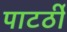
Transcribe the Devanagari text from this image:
पाटर्ठी